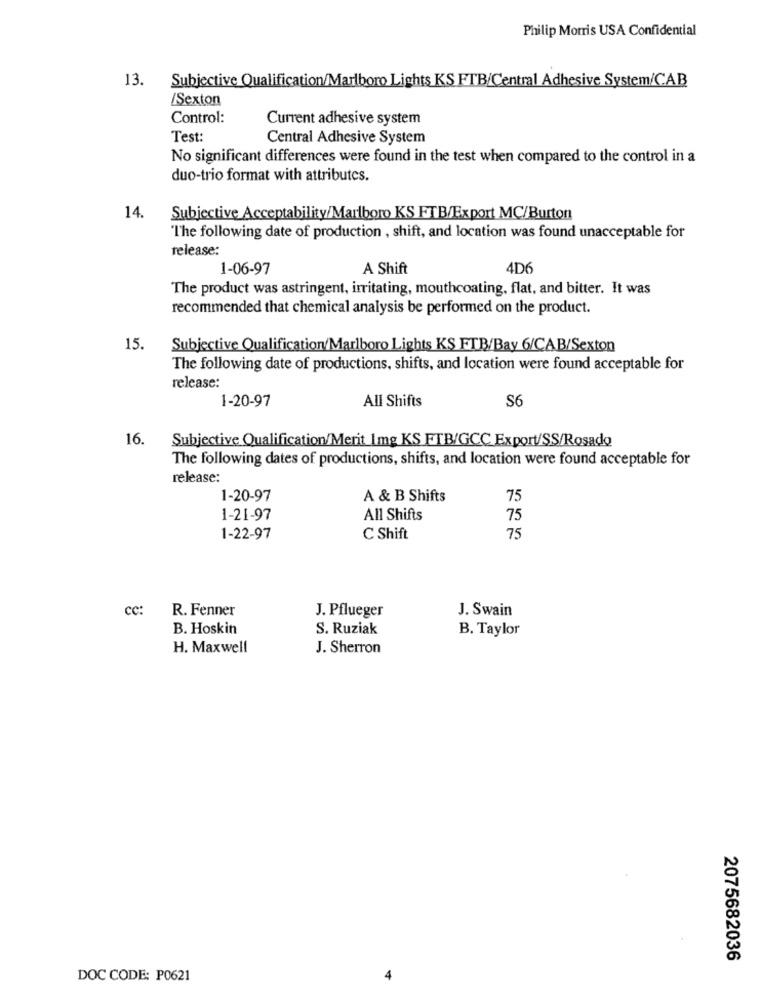
Philip Morris USA Confidential
13. Subjective Qualification/Marlboro Lights KS FTB/Central Adhesive System/CAB
/Sexton
Control:
Current adhesive system
Test:
Central Adhesive System
No significant differences were found in the test when compared to the control in a
duo-trio format with attributes.
14.
Subjective Acceptability/Marlboro KS FTB/Export MC/Burton
"The following date of production , shift, and location was found unacceptable for
release:
1-06-97
A Shift
4D6
The product was astringent, irritating, mouthcoating, flat, and bitter. It was
recommended that chemical analysis be performed on the product.
15.
Subjective Qualification/Marlboro Lights KS FTB/Bay 6/CAB/Sexton
The following date of productions, shifts, and location were found acceptable for
release:
1-20-97
All Shifts
S6
16.
Subjective Qualification/Merit Img KS FTB/GCC Export/SS/Rosado
The following dates of productions, shifts, and location were found acceptable for
release:
1-20-97
A & B Shifts
75
1-21-97
All Shifts
75
1-22-97
C Shift
75
cc:
R. Fenner
J. Pflueger
J. Swain
B. Hoskin
S. Ruziak
B. Taylor
H. Maxwell
J. Sherron
2075682036
DOC CODE: P0621